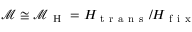
\mathcal { M } \cong \mathcal { M } _ { \mathrm { ~ H ~ } } = H _ { \mathrm { ~ t ~ r ~ a ~ n ~ s ~ } } / H _ { \mathrm { ~ f ~ i ~ x ~ } }